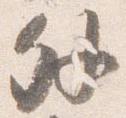
外